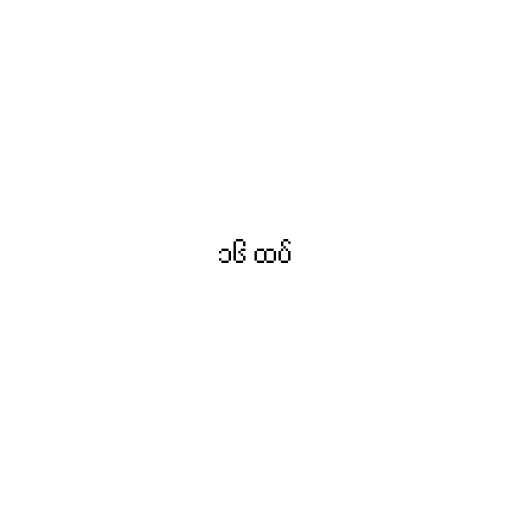
၁၆ ထပ်